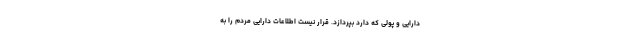
دارایی و پولی که دارد بپردازد. قرار نیست اطلاعات دارایی مردم را به